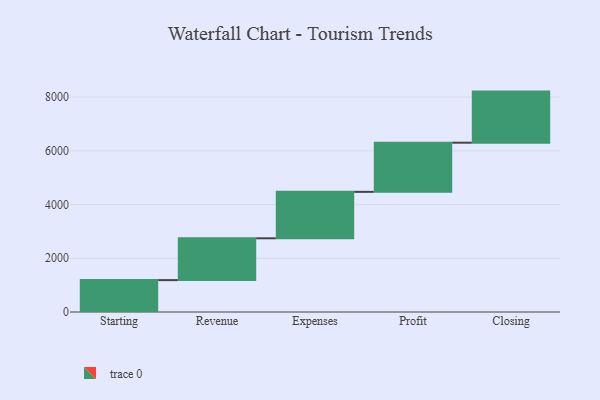
{"axis": {"x": "Step", "y": "Value"}, "legend": [""], "data": [{"x": "Starting", "y": 1187.0, "type": ""}, {"x": "Revenue", "y": 1557.0, "type": ""}, {"x": "Expenses", "y": 1729.0, "type": ""}, {"x": "Profit", "y": 1830.0, "type": ""}, {"x": "Closing", "y": 1902.0, "type": ""}]}